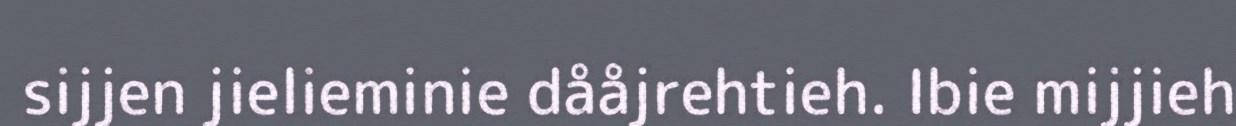
sijjen jielieminie dååjrehtieh. Ibie mijjieh